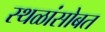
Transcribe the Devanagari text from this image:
स्थळांसोबत